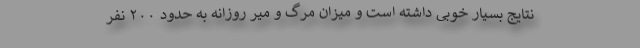
نتایج بسیار خوبی داشته است و میزان مرگ و میر روزانه به حدود ۲۰۰ نفر